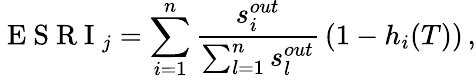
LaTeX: \mathrm{~E~S~R~I~}_{j}=\sum_{i=1}^{n}{\frac{s_{i}^{out}}{\sum_{l=1}^{n}{s_{l}^{out}}}}\left(1-h_{i}(T)\right)\, ,